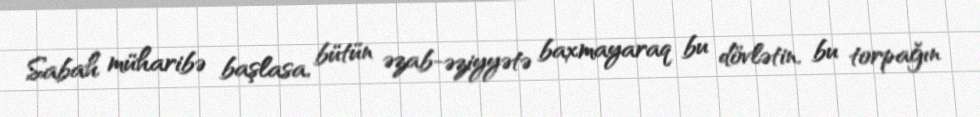
Sabah müharibə başlasa, bütün əzab-əziyyətə baxmayaraq bu dövlətin, bu torpağın